Lunatic asylums in Bengal annual reports 1899-1911 - 1899-1911
Year: 1899
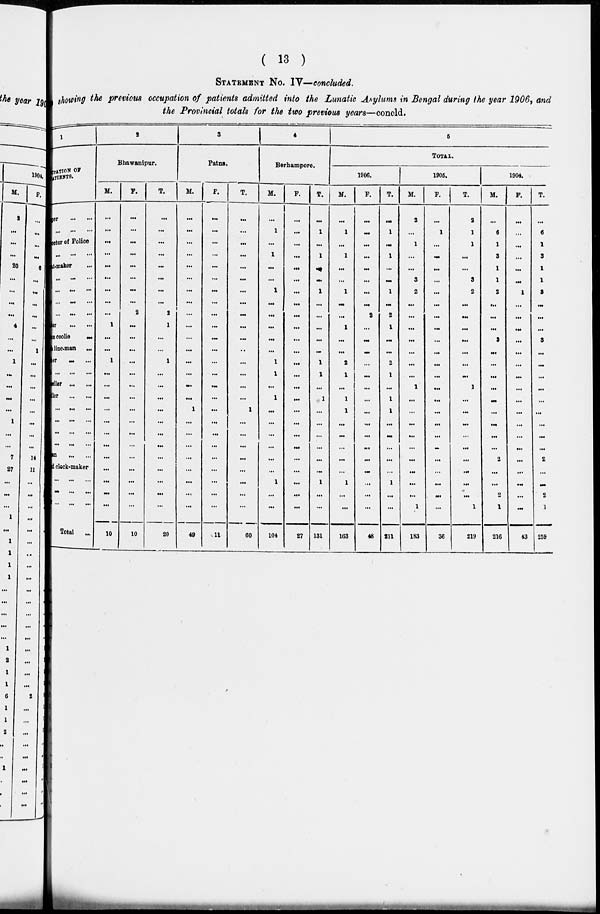
( 13 )
STATEMENT No. IV—concluded.
showing the previous occupation of patients admitted into the Lunatic Asylums in Bengal during the year 1906, and
the Provincial totals for the two previous years—concld.
1
OCCUPATION OF
PATIENTS.
er
...
...
... ... ...
ctor of Police
... ... ...
maker
...
... ... ...
...
...
...
...
...
...
...
...
...
er
...
...
n coolie
...
line-man
...
er ... ...
... ...
...
eller ... ...
ller
...
...
... ...
...
...
...
...
...
...
...
...
...
...
an ... ...
d clock-maker
... ... ...
... ... ...
... ...
...
Total
...
2
Bhawanipur.
M.
...
...
...
...
...
...
...
...
...
1
...
...
1
...
...
...
...
...
...
...
...
...
...
...
...
10
F.
...
...
...
...
...
...
...
...
2
...
...
...
...
...
...
...
...
...
...
...
...
...
...
...
...
10
T.
...
...
...
...
...
...
...
...
2
1
...
...
1
...
...
...
...
...
...
...
...
...
...
...
...
20
3
Patna.
M.
...
...
...
...
...
...
...
...
...
...
...
...
...
...
...
...
1
...
...
...
...
...
...
...
...
49
F.
...
...
...
...
...
...
...
...
...
...
...
...
...
...
...
...
...
...
...
...
...
...
...
...
...
11
T.
...
...
...
...
...
...
...
...
...
...
...
...
...
...
...
...
1
...
...
...
...
...
...
...
...
60
4
Berhampore.
M.
...
1
...
1
...
...
1
...
...
...
...
...
1
1
...
1
...
...
...
...
...
...
1
...
...
104
F.
...
...
...
...
...
...
...
...
...
...
...
...
...
...
...
...
...
...
...
...
...
...
...
...
...
27
T.
...
1
...
1
...
...
1
...
...
...
...
...
1
1
...
1
...
...
...
...
...
...
1
...
...
131
5
TOTAL.
1906.
M.
...
1
...
1
...
...
1
...
...
1
...
...
2
1
...
1
1
...
...
...
...
...
1
...
...
163
F.
...
...
...
...
...
...
...
...
2
...
...
...
...
...
...
...
...
...
...
...
...
...
...
...
...
48
T.
...
1
...
1
...
...
1
...
2
1
...
...
2
1
...
1
1
...
...
...
...
...
1
...
...
211
1905.
M.
2
...
1
...
...
3
2
...
...
...
...
...
...
...
1
...
...
...
...
...
...
...
...
...
1
183
F.
...
1
...
...
...
...
...
...
...
...
...
...
...
...
...
...
...
...
...
...
...
...
...
...
...
36
T.
2
1
1
...
...
3
2
...
...
...
...
...
...
...
1
...
...
...
...
...
...
...
...
...
1
219
1904.
M.
...
6
1
3
1
1
2
...
...
...
3
...
...
...
...
...
...
...
...
...
2
...
...
2
1
216
F.
...
...
...
...
...
...
1
...
...
...
...
...
...
...
...
...
...
...
...
...
...
...
...
...
...
43
T.
...
6
1
3
1
1
3
...
...
...
3
...
...
...
...
...
...
...
...
...
2
...
...
2
1
259